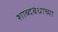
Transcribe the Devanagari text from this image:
शाब्दबंधाच्या